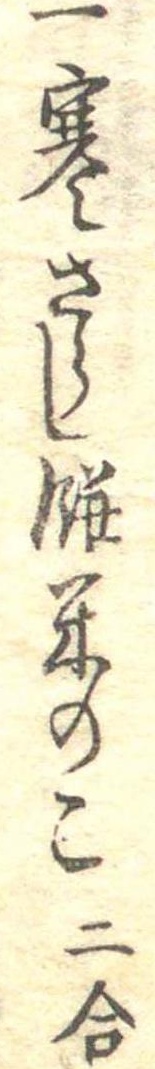
一寒さらし餅米のこ二合